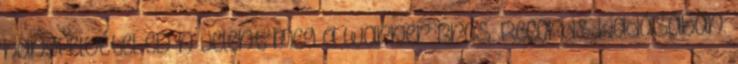
hangfelvétel CD-n jelent meg a Warner Bros. Records kiadásában.